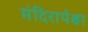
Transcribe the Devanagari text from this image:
मंदिरापेक्षा